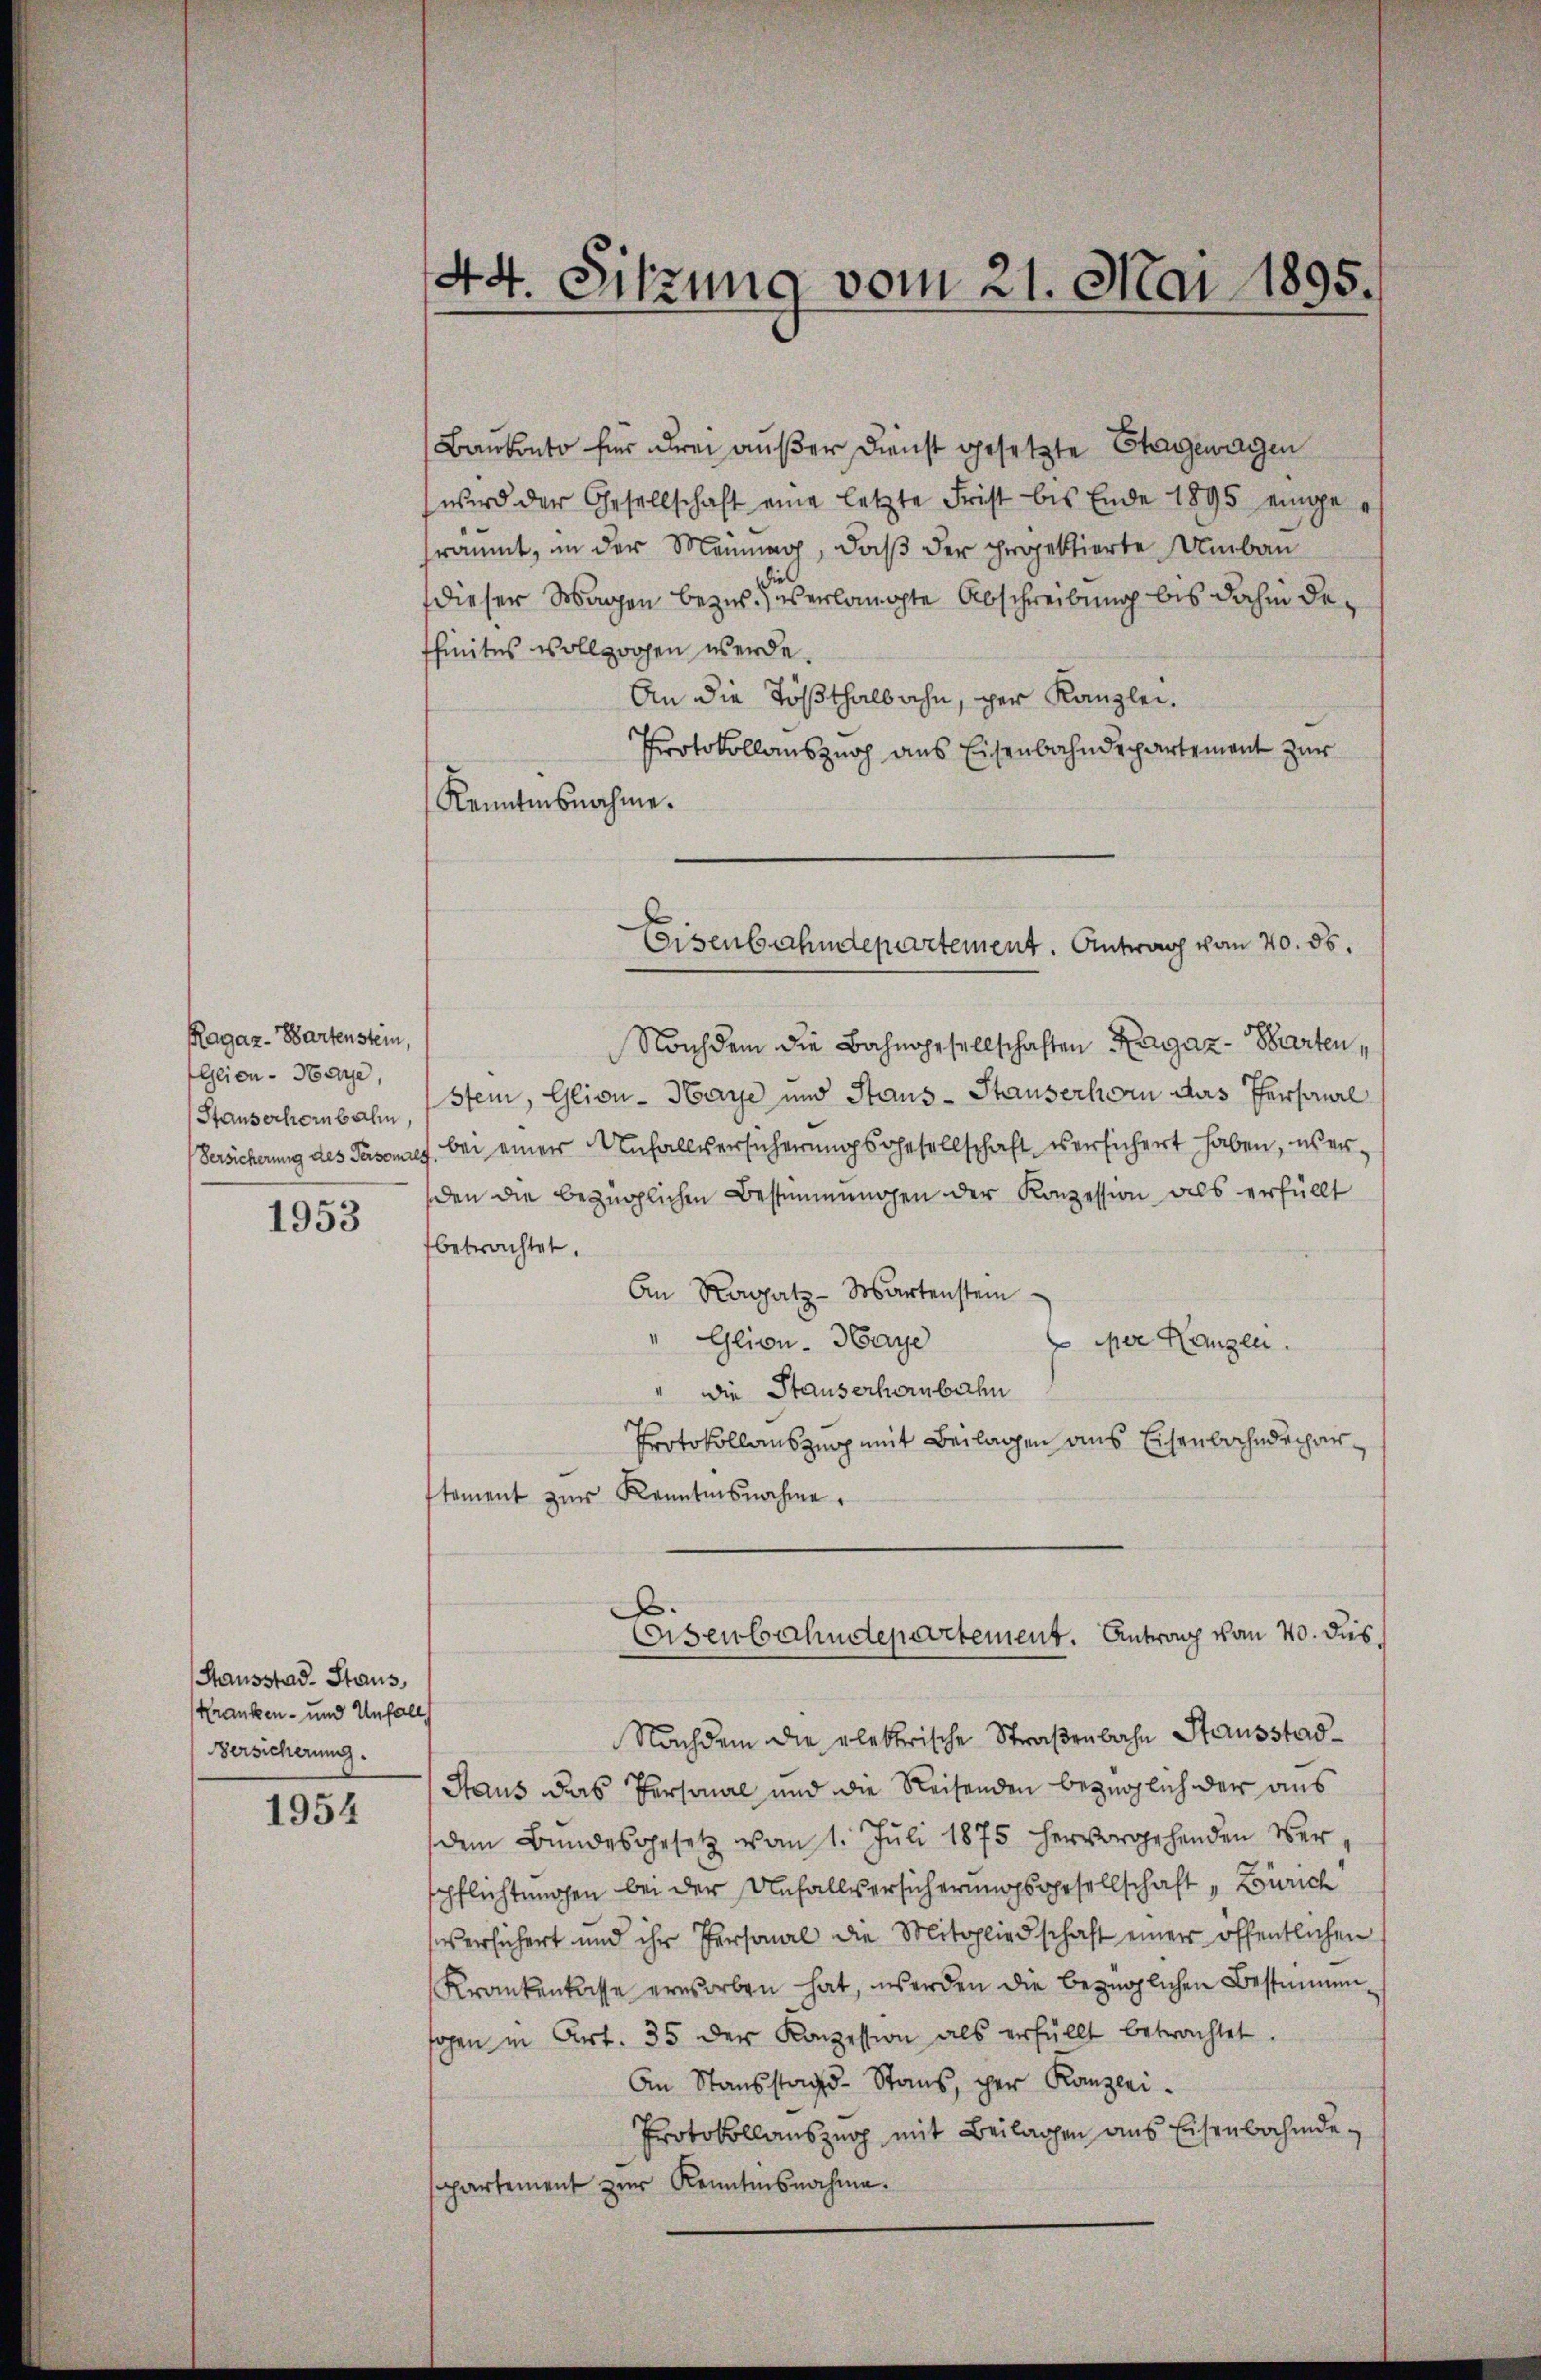
Ragaz-Wartenstein,
Glion-Haye,
Stauserheinbahn.
Versicherung des Person

1953

Stausstad. Staus,
Kranken- und Unfalls
Versicherung.

1954

44. Sitzung vom 21. Mai 1895.

Baukonto für drei außer Dienst gesetzte Etagewagen
wird der Gesellschaft eine letzte Frist bis Ende 1895 eingeräumt, in der Meinung, daß der projektierte Umbau
dieser Wagen bezw. es erlangte Abschreibung bis dahin deffinites vollzogen werde.
An die Tößthalbahn, per Kanzlei.
Protokollanszuch aus Eisenbahndepartement zur
Kenntnisnahme.
Nachdem die Bahngesellschaften Ragaz-Parten,
stein, Glion-Haye und Haus-Stauserhorn das Personal
. bei einer Unfallversicherungsgesellschaft versichert haben, werden die bezüglichen Bestimmungen der Konzession als erfüllt
betrachtet.
An Ragatz-Wartenstein
"Glivu- Haye
por Hangen.
" Die Stauserhorbahn
Protokollauszug mit Beilagen aus Eisenbahndeparstament zŭr Kenntnisnahme.
.
Eisenbahndepartement. Antrag vom 20. dus.
Nachdem die elektrische Straßenbahn Hausstad
Haus das Versaal und die Reisenden bezüglich der aus
dem Bŭndesgesetz von 1. Jŭli 1875 hervorgehenden Ver-
pflichtungen bei der Unfallversicherungsgesellschaft „Zürich
versichert und ihr Personal die Mitgliedschaft einer öffentlichen
Krankenkasse erworben hat, werden die bezüglichen Bestimmensogen in Art. 35 der Konzession als erfüllt betrachtet.
An Staŭsstand. Stans, der Kanzlei-
Protokollauszug mit Beilagen aus Eisenbahndepartement zur Kenntnisnahme.

Eisenbahndepartement. Antrag von 40. 55.